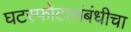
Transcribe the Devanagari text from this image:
घटस्फोटासंबंधीचा